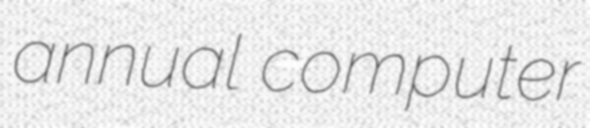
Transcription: annual computer